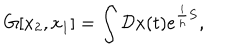
LaTeX: G [ x _ { 2 } , x _ { 1 } ] = \int { \cal D } x ( t ) e ^ { { \frac { i } { h } } S } ,